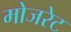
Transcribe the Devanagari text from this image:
मोजरेट